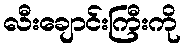
လီးချောင်းကြီးကို